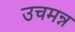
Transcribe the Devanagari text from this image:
उचमन्न